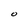
Character: O